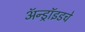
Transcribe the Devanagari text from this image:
ॲन्ड्रॉइडचे